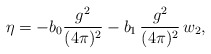
\begin{align*}\eta=-b_0 \frac{g^2}{(4\pi)^2} -b_1\, \frac{g^2}{(4\pi)^2}\, w_2,\end{align*}